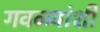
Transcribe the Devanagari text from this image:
गवळ्यांशी